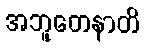
အဘူတေနာတိ